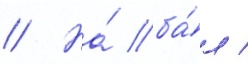
// На́ ба́л /